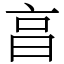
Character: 亯